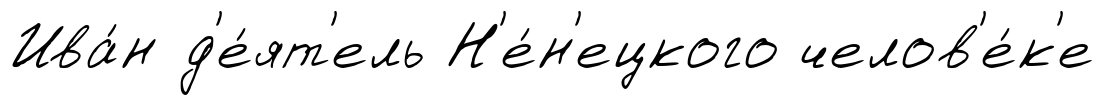
Ива́н д'е́ят'ель Н'е́н'ецкого челов'е́к'е